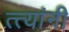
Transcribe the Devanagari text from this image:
त्त्यांनी